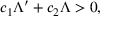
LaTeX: c _ { 1 } \Lambda ^ { \prime } + c _ { 2 } \Lambda > 0 ,